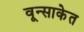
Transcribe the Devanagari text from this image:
वून्साकेत